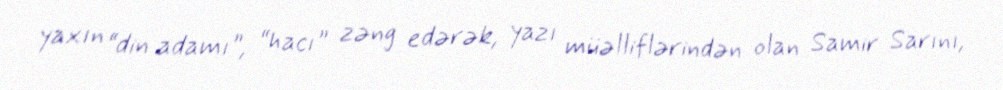
yaxın “din adamı”, “hacı” zəng edərək, yazı müəlliflərindən olan Samir Sarını,